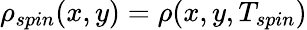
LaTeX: \rho_{spin}(x,y)=\rho(x,y,T_{spin})